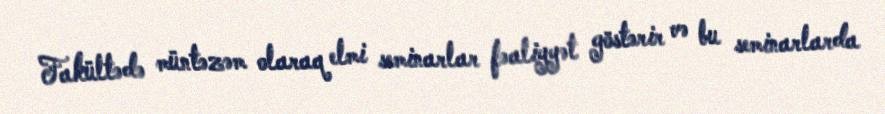
Fakültədə müntəzəm olaraq elmi seminarlar fəaliyyət göstərir və bu seminarlarda